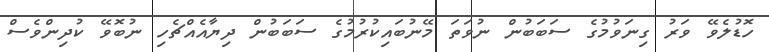
ހޮޑުލެވޭ ވަރު ގިނަވުމުގެ ސަބަބުން ނުވަތަ މޭނުބައިކުރުމުގެ ސަބަބުން ދިޔާއެއްޗެހި ނުބޮވޭ ކުދިންވެސް